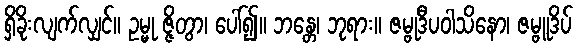
ရှိခိုးလျက်လျှင်။ ဥမ္မု ဇ္ဇိတွာ၊ ပေါ်၍။ ဘန္တေ၊ ဘုရား။ ဇမ္ဗုဒီပဝါသိနော၊ ဇမ္ဗူဒိပ်